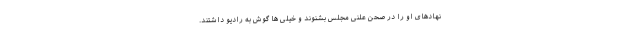
نهادهای او را در صحن علنی مجلس بشنوند و خیلی ها گوش به رادیو داشتند.